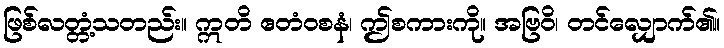
ဖြစ်လတ္တံ့သတည်း။ ဣတိ ဧတံဝစနံ၊ ဤစကားကို။ အဗြဝိ၊ တင်လျှောက်၏။